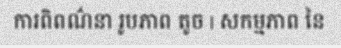
ការពិពណ៌នា រូបភាព តូច | សកម្មភាព នៃ